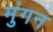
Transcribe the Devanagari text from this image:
मुंगन